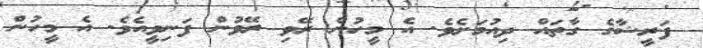
ފަރީޝާގެ ގާތައް ދިއުމަށެވެ. އެ މީހުން ރޭވި ރޭވުން ފަނިވީއެވެ. އެ މީހުން